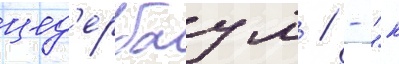
цед'ербаум / - "к